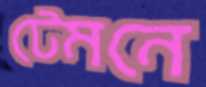
টেমনে